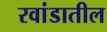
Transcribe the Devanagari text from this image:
रवांडातील